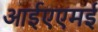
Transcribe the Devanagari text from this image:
आईएएमई